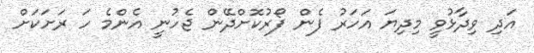
އަދި ވިދާޅުވީ މިދިޔަ އަހަރު ފެން ފޯރުކޮށްދޭން ޖެހުނީ އެންމެ ހަ ރަށަކަށް